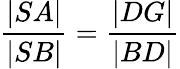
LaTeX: {\frac{|SA|}{|SB|}}={\frac{|DG|}{|BD|}}